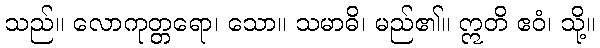
သည်။ လောကုတ္တရော၊ သော။ သမာဓိ၊ မည်၏။ ဣတိ ဧဝံ၊ သို့။